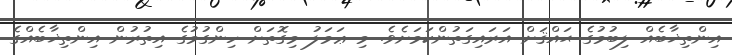
އިންތިޚާބެއް ލިބުމުގެ ޙައްޤަށް އަރައިގަތުންކަމަށެވެ. މި ޢަމަލު މިގޮތަށް ހިންގުމުގެ އިތުރުން އިންތިޚާބެއްގެ